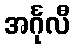
အင်္ဂုလီ